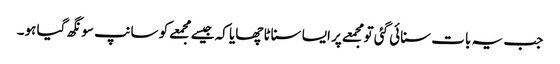
جب یہ بات سنائی گئی تو مجمعے پر ایسا سناٹا چھایا کہ جیسےمجمعے کو سانپ سونگھ گیا ہو۔